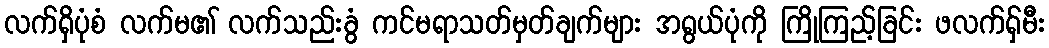
လက်ရှိပုံစံ လက်မ၏ လက်သည်းခွံ ကင်မရာသတ်မှတ်ချက်များ အရွယ်ပုံကို ကြိုကြည့်ခြင်း ဖလက်ရှ်မီး